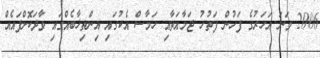
2006 ވަނަ އަހަރުގެ ފަހުން ފަތުހު ޖަމާއަތާއި ހަމާސް އެކުގައި އިންތިޚާބެއްގައި ވާދަކޮށްފައެއް